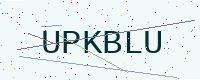
Text: UPKBLU